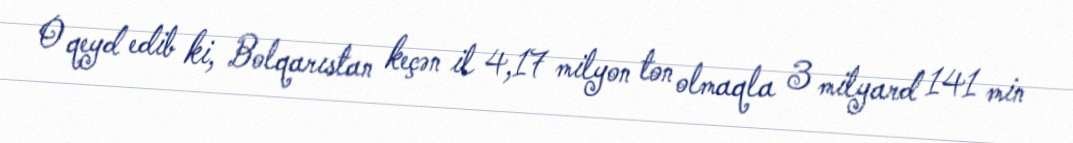
O qeyd edib ki, Bolqarıstan keçən il 4,17 milyon ton olmaqla 3 milyard 141 min